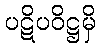
ပဋိပဝိဋ္ဌမှိ